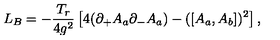
L _ { B } = - \frac { T _ { r } } { 4 g ^ { 2 } } \left[ 4 ( \partial _ { + } A _ { a } \partial _ { - } A _ { a } ) - ( \left[ A _ { a } , A _ { b } \right] ) ^ { 2 } \right] ,